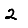
Digit: 2